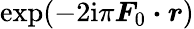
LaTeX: \exp(-2\mathrm{i}\pi\boldsymbol F_{0}\boldsymbol\cdot\boldsymbol r)